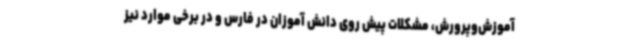
آموزش‌وپرورش، مشکلات پیش روی دانش آموزان در فارس و در برخی موارد نیز